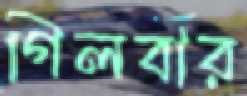
গিলবার